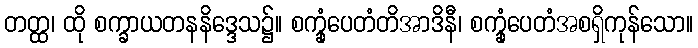
တတ္ထ၊ ထို စက္ခာယတနနိဒ္ဒေသ၌။ စက္ခုံပေတံတိအာဒိနီ၊ စက္ခုံပေတံအစရှိကုန်သော။